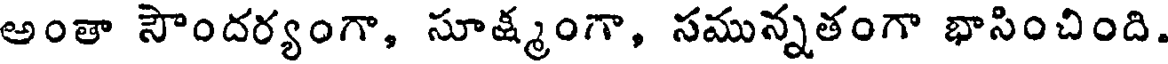
అంతా సౌందర్యంగా, సూక్ష్మంగా, సమున్నతంగా భాసించింది.